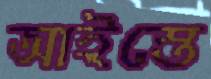
আইস্তে